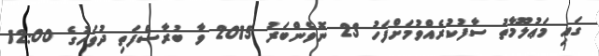
ގައި މަޢުލޫމާތު ސާފުކުރެއްވުމަށްފަހު 23 ނޮވެންބަރު 2015 ވާ ބުރާސްފަތި ދުވަހުގެ 12:00